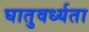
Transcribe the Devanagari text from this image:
घातुवर्ध्यता